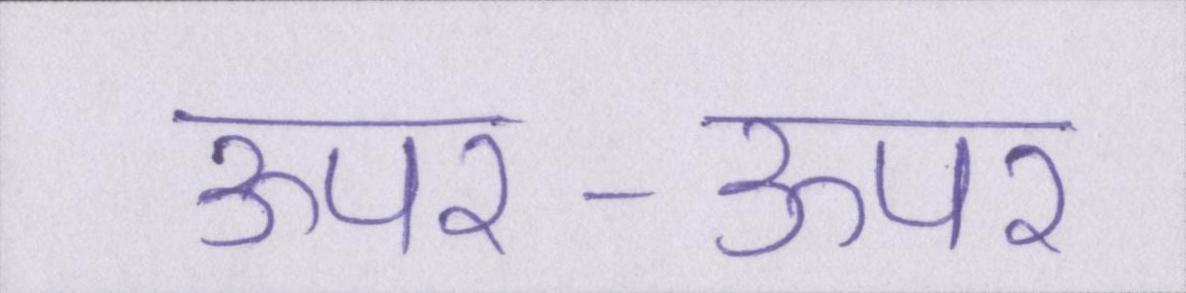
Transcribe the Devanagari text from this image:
ऊपर-ऊपर